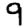
Digit: 9